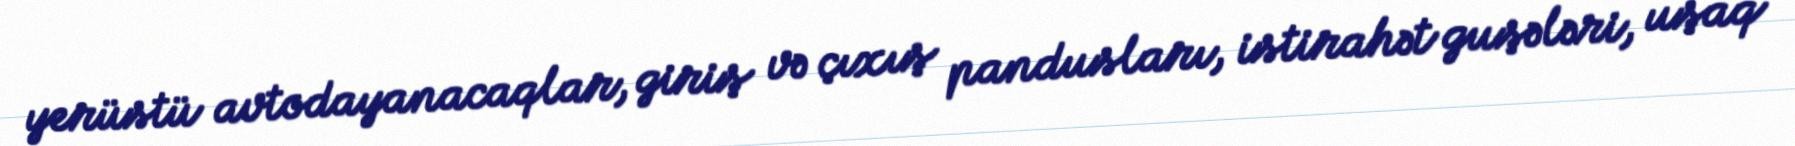
yerüstü avtodayanacaqlar, giriş və çıxış pandusları, istirahət guşələri, uşaq